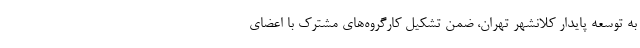
به توسعه پایدار کلانشهر تهران، ضمن تشکیل کارگروه‌های مشترک با اعضای